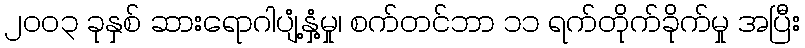
၂၀၀၃ ခုနှစ် ဆားရောဂါပျံ့နှံ့မှု၊ စက်တင်ဘာ ၁၁ ရက်တိုက်ခိုက်မှု အပြီး